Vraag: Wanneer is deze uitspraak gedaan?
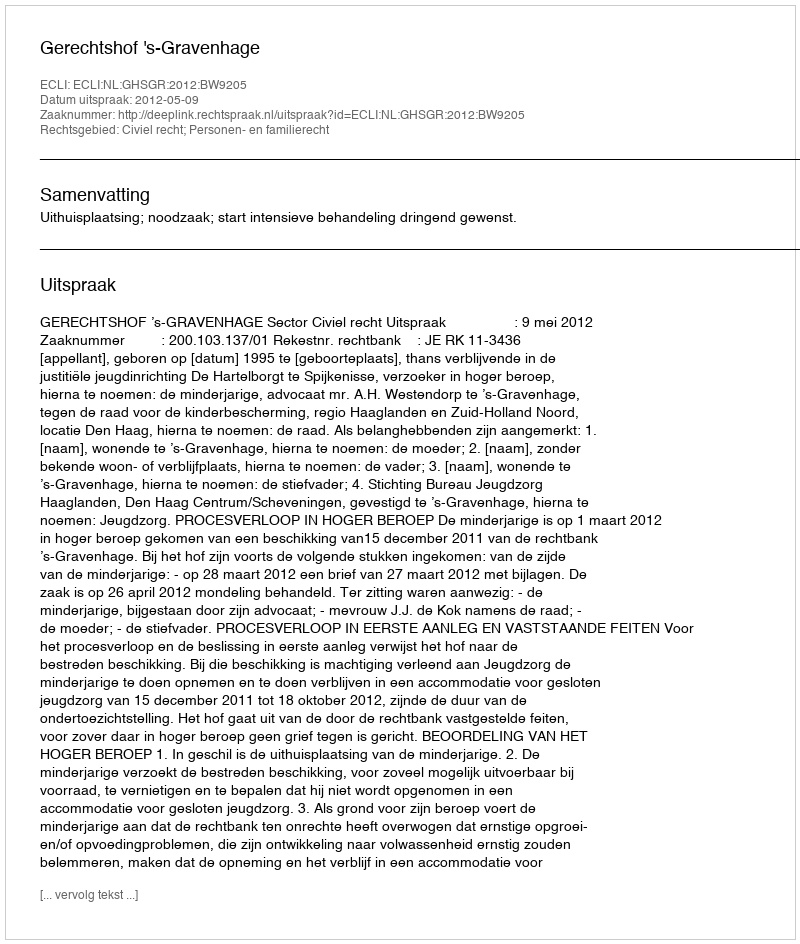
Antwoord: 2012-05-09